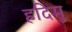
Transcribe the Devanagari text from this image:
हदिमु